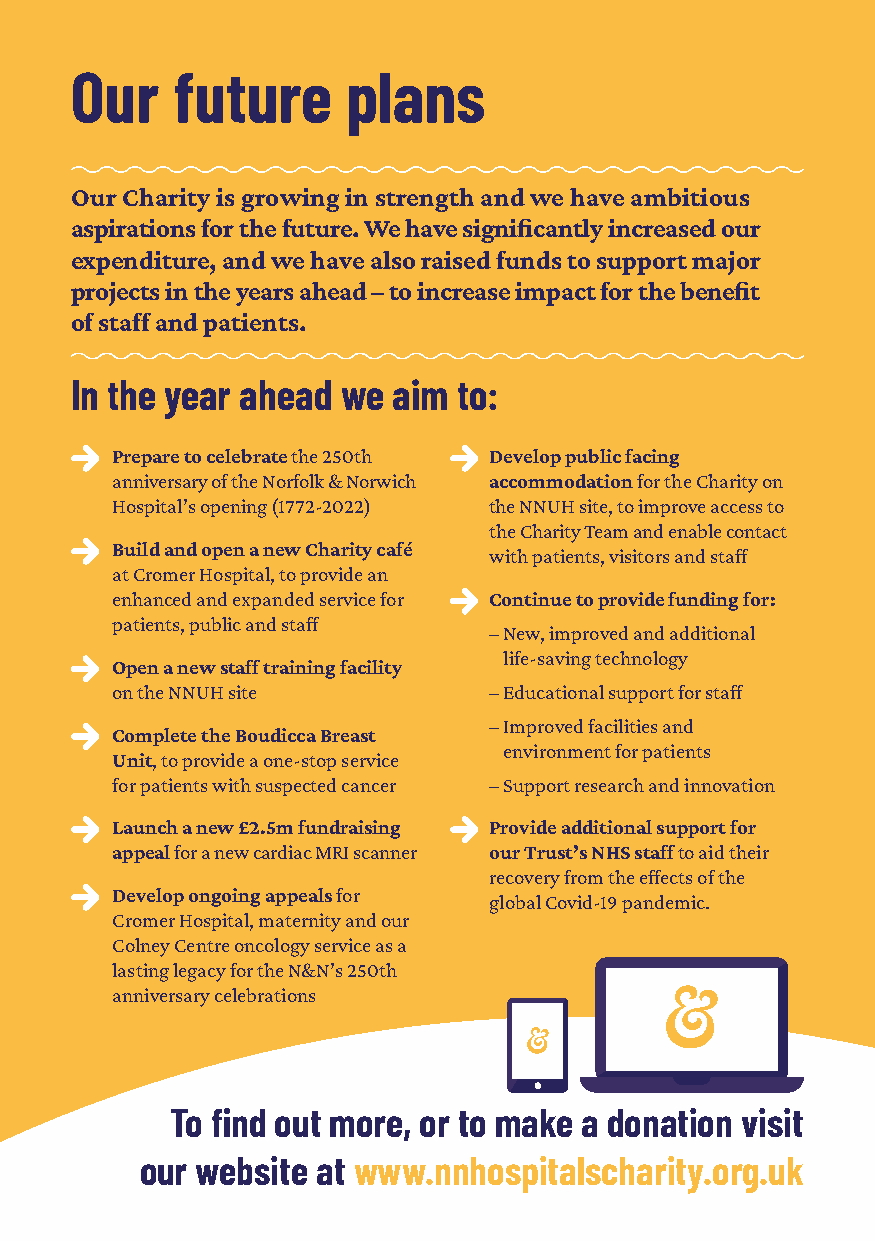
Our   future      plans
 Our Charity is growing in strength and we have ambitious
 aspirations for the future. We have significantly increased our
 expenditure, and we have also raised funds to support major
 projects in the years ahead – to increase impact for the benefit
 of staff and patients.
 In the year ahead we aim to:
 Prepare to celebrate the 250th Develop public facing
 anniversary of the Norfolk & Norwich accommodation for the Charity on
 Hospital’s opening (1772-2022) the NNUH site, to improve access to
 the Charity Team and enable contact
 Build and open a new Charity café
 with patients, visitors and staff
 at Cromer Hospital, to provide an
 enhanced and expanded service for Continue to provide funding for:
 patients, public and staff
 – New, improved and additional
 life-saving technology
 Open a new staff training facility
 on the NNUH site         – Educational support for staff
 – Improved facilities and
 Complete the Boudicca Breast
 environment for patients
 Unit, to provide a one-stop service
 for patients with suspected cancer – Support research and innovation
 Launch a new £2.5m fundraising Provide additional support for
 appeal for a new cardiac MRI scanner our Trust’s NHS staff to aid their
 recovery from the effects of the
 Develop ongoing appeals for
 global Covid-19 pandemic.
 Cromer Hospital, maternity and our
 Colney Centre oncology service as a
 lasting legacy for the N&N’s 250th
 anniversary celebrations
 To find out more, or to make a donation visit
 our website at www.nnhospitalscharity.org.uk